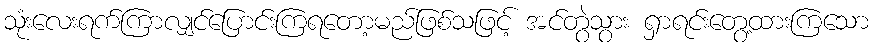
သုံးလေးရက်ကြာလျှင်ပြောင်းကြရတော့မည်ဖြစ်သဖြင့် အင်တွဲသွား ရှာရင်းတွေ့ထားကြသော